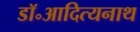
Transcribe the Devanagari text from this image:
डॉ॰आदित्यनाथ